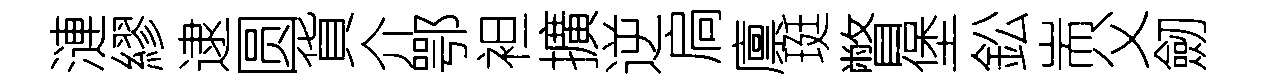
漣繆逮圆貨介鄂袒擴逆扃廪珽瞥堡鈆耑父劒